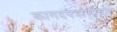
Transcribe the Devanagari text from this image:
कागदपत्रांसोबत